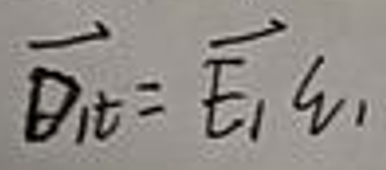
\[\overrightarrow{D_{1t}} = \overrightarrow{E_1}q_1\]